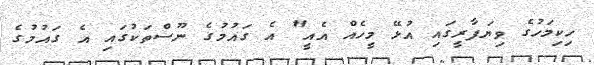
ހިކިމަހުގެ ވިޔަފާރީގައި އުޅޭ މީހެއް އެއީ" އެ ގައުމުގެ ނޫސްތަކުގައި އެ ގައުމުގެ